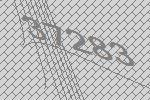
37283